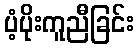
ပံ့ပိုးကူညီခြင်း